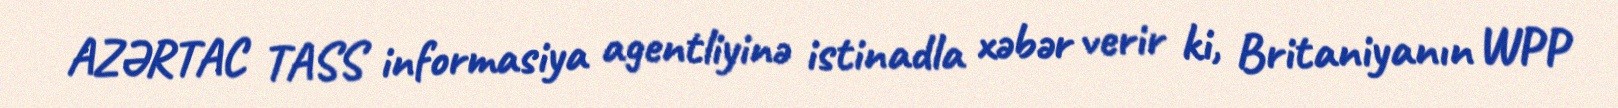
AZƏRTAC TASS informasiya agentliyinə istinadla xəbər verir ki, Britaniyanın WPP